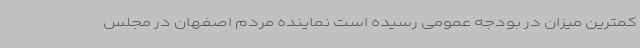
کمترین میزان در بودجه عمومی رسیده است نماینده مردم اصفهان در مجلس